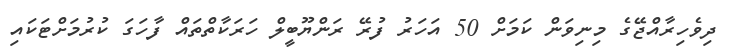
ދިވެހިރާއްޖޭގެ މިނިވަން ކަމަށް 50 އަހަރު ފުރޭ ރަންޔޫބީލް ހަރަކާތްތައް ފާހަގަ ކުރުމަށްޓަކައި